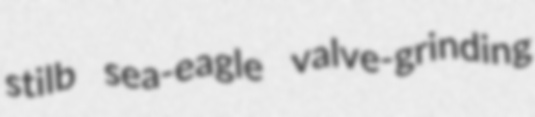
stilb sea-eagle valve-grinding